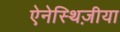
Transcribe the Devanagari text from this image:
ऐनेस्थिज़ीया